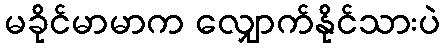
မခိုင်မာမာက လျှောက်နိုင်သားပဲ